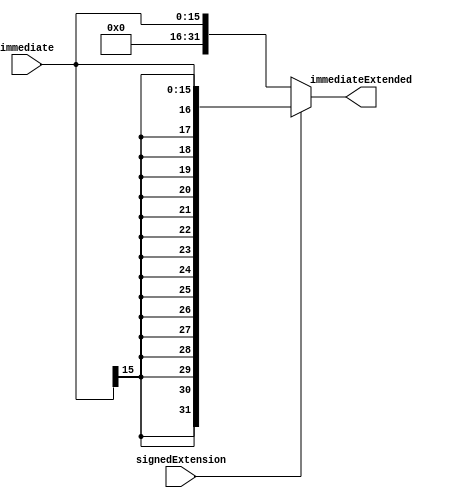
`timescale 1ns / 1ps
////////////////////////////////////////////////////////////////////////////////
// Module Name: Immediate Value Sign Extension
// Instruction Stage: Instruction Decode
//
// Description: Concatenates and extends the immediate value of the instruction
//              from a 16 bit value to a 32 bit value.
//              An input signal determines whether the extended value is signed
//              or unsigned, and if signed, the value is concatenated properly.
//              Otherwise, the value is concatenated with zeroes alone.
////////////////////////////////////////////////////////////////////////////////


module SignExtension(
    // Inputs
    input [15:0] immediate,
    input signedExtension,
    // Outputs
    output reg [31:0] immediateExtended
    );

    // Concatenate the immediate value with the first bit to get proper sign
    always @(*) begin
        if (signedExtension) 
            immediateExtended = {{17{immediate[15]}}, immediate[14:0]};
        else
            immediateExtended = {{16{1'b0}}, immediate};
    end
endmodule